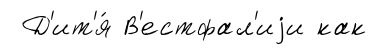
Д'ит'я́ В'естфал'иjи как